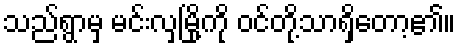
သည်ရွာမှ မင်းလှမြို့ကို ဝင်တို့သာရှိတော့၏။